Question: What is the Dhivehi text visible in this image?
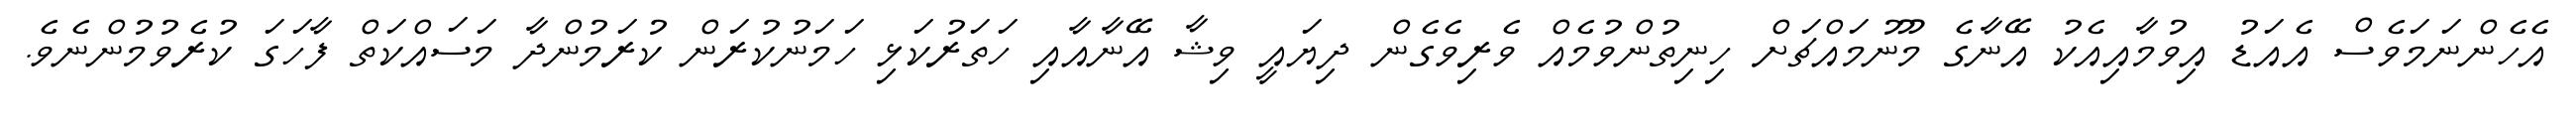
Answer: އެހެންނަމަވެސް އެއަޑު އިވުމާއިއެކު އޭނާގެ މޫނުމައްޗަށް ހިނިތުންވުމެއް ވެރިވެގެން ދިޔައީ ވިޝާ އޭނާއާއި ހަތަރުކަޅި ހަމަނުކުރަން ކުރަމުންދާ މަސައްކަތް ފާހަގަ ކުރެވުމުންނެވެ.